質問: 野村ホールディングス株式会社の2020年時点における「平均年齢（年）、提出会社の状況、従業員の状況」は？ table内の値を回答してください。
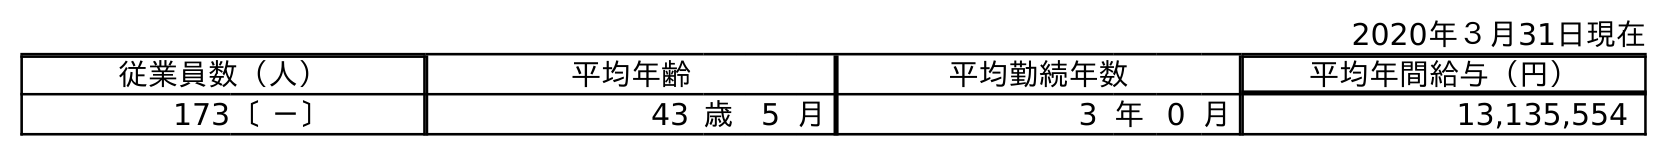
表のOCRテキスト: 2020年３月31日現在 従業員数（人） 平均年齢 平均勤続年数 平均年間給与（円） 173〔 －〕 43 歳 5 月 3 年0 月 13,135,554
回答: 43